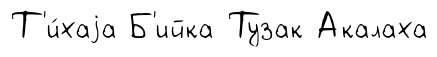
Т'и́хаjа Б'ийка Тузак Акалаха